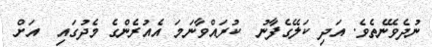
ނުދެވޭނެތެވެ. އަދި ކަލޭގެފާނު  ކުރައްވާނަމަަ އެއުރެންގެ މެދުގައި  އަށް